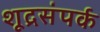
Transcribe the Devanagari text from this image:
शूद्रसंपर्क